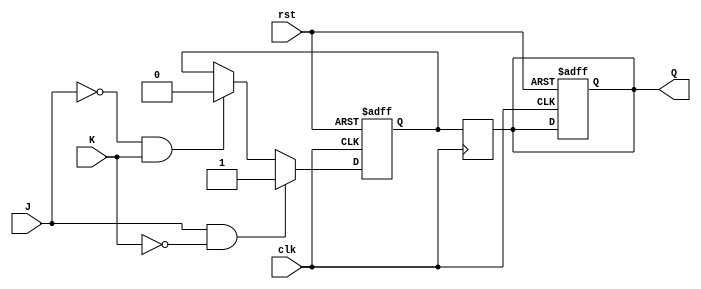
module jk_flip_flop (
    input wire clk,
    input wire rst,
    input wire J,
    input wire K,
    output reg Q
);

reg master_Q, slave_Q;

always @(posedge clk or posedge rst) begin
    if (rst) begin
        master_Q <= 1'b0;
        slave_Q <= 1'b0;
    end else begin
        if (J & ~K) begin
            master_Q <= 1'b1;
        end else if (~J & K) begin
            master_Q <= 1'b0;
        end;
    end
end

always @(negedge clk) begin
    slave_Q <= master_Q;
end

assign Q = slave_Q;

endmodule